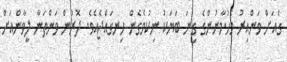
ގެއަށް ވަންއިރު މެހުމާނުންގެ ގިނަ ބަޔަކު ނިކުމެގެން ހިނގައްޖެއެވެ. ދޮރުން ވަންތަނާ ލީވާންއަށް